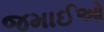
જમાઈઓ